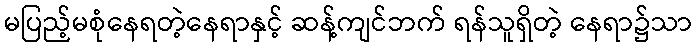
မပြည့်မစုံနေရတဲ့နေရာနှင့် ဆန့်ကျင်ဘက် ရန်သူရှိတဲ့ နေရာ၌သာ